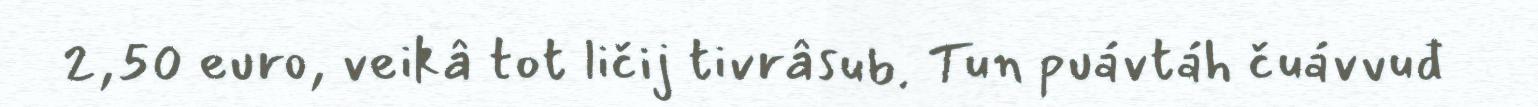
2,50 euro, veikâ tot ličij tivrâsub. Tun puávtáh čuávvuđ